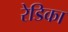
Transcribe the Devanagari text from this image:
रेडिका